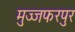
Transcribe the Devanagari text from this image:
मुज्जफरपुर